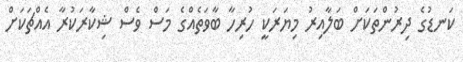
ކަނޑުގެ ދިރުންތަކަށް ބަލާއިރު މިޔަރަކީ ހުރިހާ ބާވަތެއްގެ މަސް ވެސް ޝިކާރަކުރާ އެއްޗަކަށް